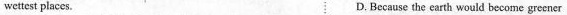
wettest places. D. Because the earth would become grecner